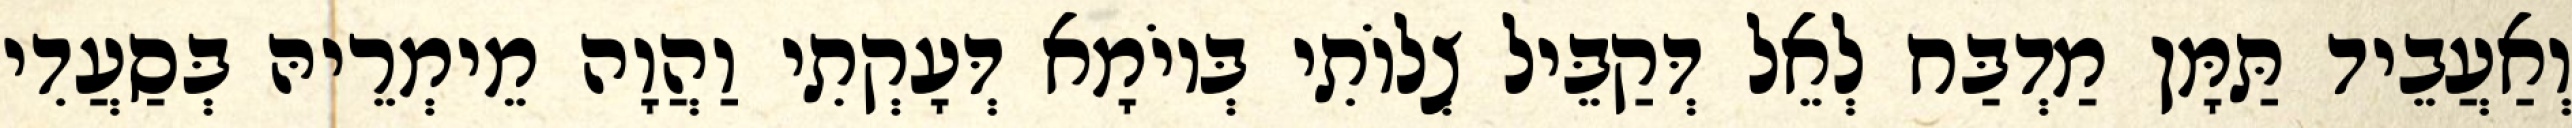
וְאַעֲבֵיד תַּמָּן מַדְבַּח לְאֵל דְּקַבֵּיל צְלוֹתִי בְּיוֹמָא דְּעָקְתִי וַהֲוָה מֵימְרֵיהּ בְּסַעֲדִי